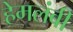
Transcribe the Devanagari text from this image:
हेमलंबी